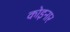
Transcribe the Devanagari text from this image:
कोइनार